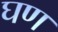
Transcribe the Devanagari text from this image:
घण